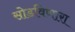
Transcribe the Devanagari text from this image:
सोडविणारा